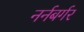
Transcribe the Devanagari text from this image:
नर्नबर्गर